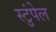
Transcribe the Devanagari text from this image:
स्टुंपेल